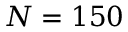
N = 1 5 0